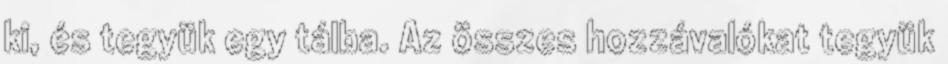
ki, és tegyük egy tálba. Az összes hozzávalókat tegyük